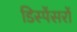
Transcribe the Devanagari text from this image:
डिस्पेंसरों